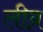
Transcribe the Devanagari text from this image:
लीब्र